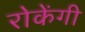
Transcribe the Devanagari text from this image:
रोकेंगी